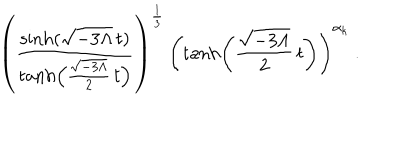
\left( \frac { \sinh ( \sqrt { - 3 \Lambda } \, t ) } { \tanh \left( \frac { \sqrt { - 3 \Lambda } } { 2 } \, t \right) } \right) ^ { \frac { 1 } { 3 } } \, \left( \tanh \left( \frac { \sqrt { - 3 \Lambda } } { 2 } \, t \right) \right) ^ { \alpha _ { k } } \ .